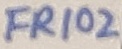
Text: FR102